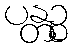
ပန္တဉ္စ